Account of plague administration in the Bombay Presidency from September 1896 till May 1897
Year: 1896
Disease focus: Plague
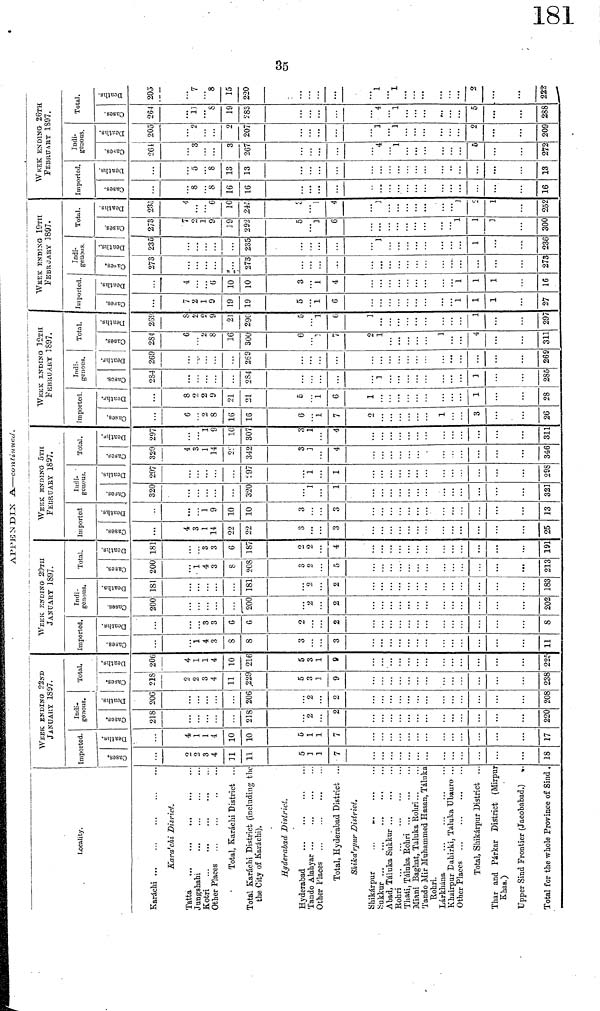
CO
üx
APPENDIX A.—continued.
Locality.
Karachi
Kara'chi District.
Tatta
Jungshahi
Kotri
Other Places
Total, Karachi District ...
Total Karachi District (including the
the City of Karachi).
Hyderabad District.
Hyderabad
Tando Alahyar
Other Places
Total, Hyderabad District ..
Shika'rpur District.
Shikárpur
Sukkur
Abad, Táluka Sukkur
Robri
Thati, Táluka Rohri
Miani Baghat, Taluka Rohri
Tando Mir Muhammed Hasan, Táluka
Rohri.
Lárkhána
Khairpur Eahirki, Taluka Ubauro ..
Other Places
Total, Shikárpur District
Thar and Párkar District (Mirpur
Khas.)
Upper Sind Frontier (Jacobabad.)
Total for the whole Province of Sind .
WEEK ENDING 23ND
JANUAUY 1897.
Imported.
2
2
3
4
11
11
5
1
1
7
18
4
1
1
4
10
10
5
1
1
7
17
Indi.
genous.
218
218
2
2
220
206
206
2
2
208
Total.
218
2
2
3
4
11
229
5
3
1
9
238
206
4
1
1
4
10
216
5
3
1
9
225
WEEK ENDING- 29TH
JANUARY 1897.
Imported.
1
4
3
8
8
3
3
11
3
3
6
6
2
2
8
Indi-
genous.
200
200
2
2
202
181
181
2
2
183
Total.
200
1
4
3
8
208
3
2
5
213
181
3
3
6
187
2
2
4
191
WEEK ENDING- 5TH
FEBRUARY 1897.
Imported
4
3
1
14
22
22
3
3
25
1
9
10
10
3
3
13
Indi-
genous.
320
320
1
1
321
297
297
1
1
298
Total.
Cases
320
4
3
1
14
22
342
3
3
4
346
297
1
9
10
307
3
1
4
311
WKEK eNDING 12TH
FEBRUARY 1897.
Imported.
6
2
8
16
16
6
1
7
2
1
3
26
8
2
2
9
21
21
5
1
6
1
1
28
Indi-
genous.
284
284
1
1
285
269
269
269
Total.
284
6
2
8
16
300
6
2
7
2
1
1
4
311
269
8
2
2
9
21
290
5
1
6
1
1
297
WEEK ΕΝDING 19ΤH
FEBruArY 1897.
Imported.
7
2
1
9
19
19
5
1
6
1
1
1
27
4
6
10
10
3
1
4
1
1
1
16
Indi-
geuons.
273
273
273
235
235
1
1
236
Total.
273
7
o
1
9
19
292
5
1
6
1
1
1
300
235
4
6
10
245
3
1
4
3
1
2
1
252
WKEK ENDING 26TH
FEBRUARY 1897.
Imported.
8
8
16
16
16
5
8
13
13
13
Indi-
genons.
264
3
3
267
4
1
5
272
205
2
2
207
1
1
2
209
Total.
264
11
8
19
283
4
1
5
288
205
7
8
15
220
____
1
1
2
222